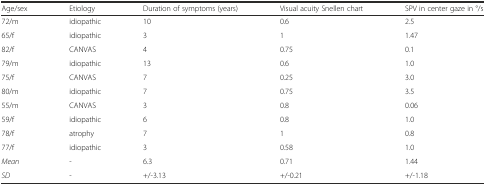
<table><thead><tr><td><b>Age/sex</b></td><td><b>Etiology</b></td><td><b>Duration of symptoms (years)</b></td><td><b>Visual acuity Snellen chart</b></td><td><b>SPV in center gaze in °/s</b></td></tr></thead><tbody><tr><td>72/m</td><td>idiopathic</td><td>10</td><td>0.6</td><td>2.5</td></tr><tr><td>65/f</td><td>idiopathic</td><td>3</td><td>1</td><td>1.47</td></tr><tr><td>82/f</td><td>CANVAS</td><td>4</td><td>0.75</td><td>0.1</td></tr><tr><td>79/m</td><td>idiopathic</td><td>13</td><td>0.6</td><td>1.0</td></tr><tr><td>75/f</td><td>CANVAS</td><td>7</td><td>0.25</td><td>3.0</td></tr><tr><td>80/m</td><td>idiopathic</td><td>7</td><td>0.75</td><td>3.5</td></tr><tr><td>55/m</td><td>CANVAS</td><td>3</td><td>0.8</td><td>0.06</td></tr><tr><td>59/f</td><td>idiopathic</td><td>6</td><td>0.8</td><td>1.0</td></tr><tr><td>78/f</td><td>atrophy</td><td>7</td><td>1</td><td>0.8</td></tr><tr><td>77/f</td><td>idiopathic</td><td>3</td><td>0.58</td><td>1.0</td></tr><tr><td><i>Mean</i></td><td>-</td><td>6.3</td><td>0.71</td><td>1.44</td></tr><tr><td><i>SD</i></td><td>-</td><td>+/-3.13</td><td>+/-0.21</td><td>+/-1.18</td></tr></tbody></table>